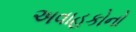
અવાહકોનો